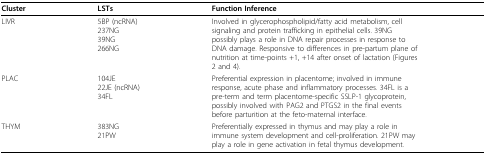
<table><thead><tr><td><b>Cluster</b></td><td><b>LSTs</b></td><td><b>Function Inference</b></td></tr></thead><tbody><tr><td>LIVR</td><td>5BP (ncRNA)237NG39NG266NG</td><td>Involved in glycerophospholipid/fatty acid metabolism, cell signaling and protein trafficking in epithelial cells. 39NG possibly plays a role in DNA repair processes in response to DNA damage. Responsive to differences in pre-partum plane of nutrition at time-points +1, +14 after onset of lactation (Figures 2 and 4).</td></tr><tr><td>PLAC</td><td>104JE22JE (ncRNA)34FL</td><td>Preferential expression in placentome; involved in immune response, acute phase and inflammatory processes. 34FL is a pre-term and term placentome-specific SSLP-1 glycoprotein, possibly involved with PAG2 and PTGS2 in the final events before parturition at the feto-maternal interface.</td></tr><tr><td>THYM</td><td>383NG21PW</td><td>Preferentially expressed in thymus and may play a role in immune system development and cell-proliferation. 21PW may play a role in gene activation in fetal thymus development.</td></tr></tbody></table>